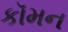
કૉમન